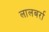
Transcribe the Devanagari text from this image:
लालबर्रा